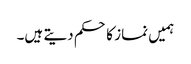
ہمیں نماز کا حکم دیتے ہیں۔